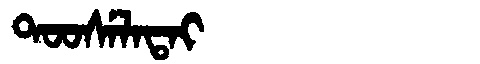
Manchu: ᡨᠣᠣᠰᡝᠯᠠᡨᠠᡳ
Romanization: TOOSELATAI